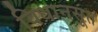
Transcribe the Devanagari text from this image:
विधानसूत